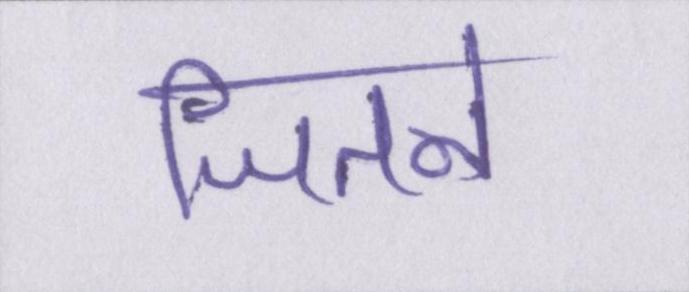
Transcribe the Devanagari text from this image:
जितने